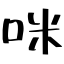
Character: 咪